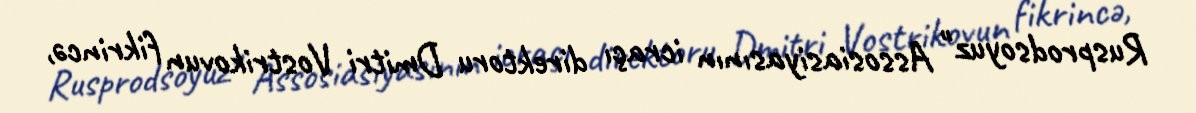
Rusprodsoyuz" Assosiasiyasının icraçı direktoru Dmitri Vostrikovun fikrincə,